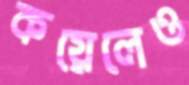
কয়েলেও